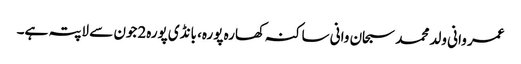
عمر وانی ولد محمد سبحان وانی ساکنہ کھارہ پورہ، بانڈی پورہ2جون سے لاپتہ ہے۔